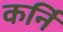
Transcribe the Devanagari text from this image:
कर्नि